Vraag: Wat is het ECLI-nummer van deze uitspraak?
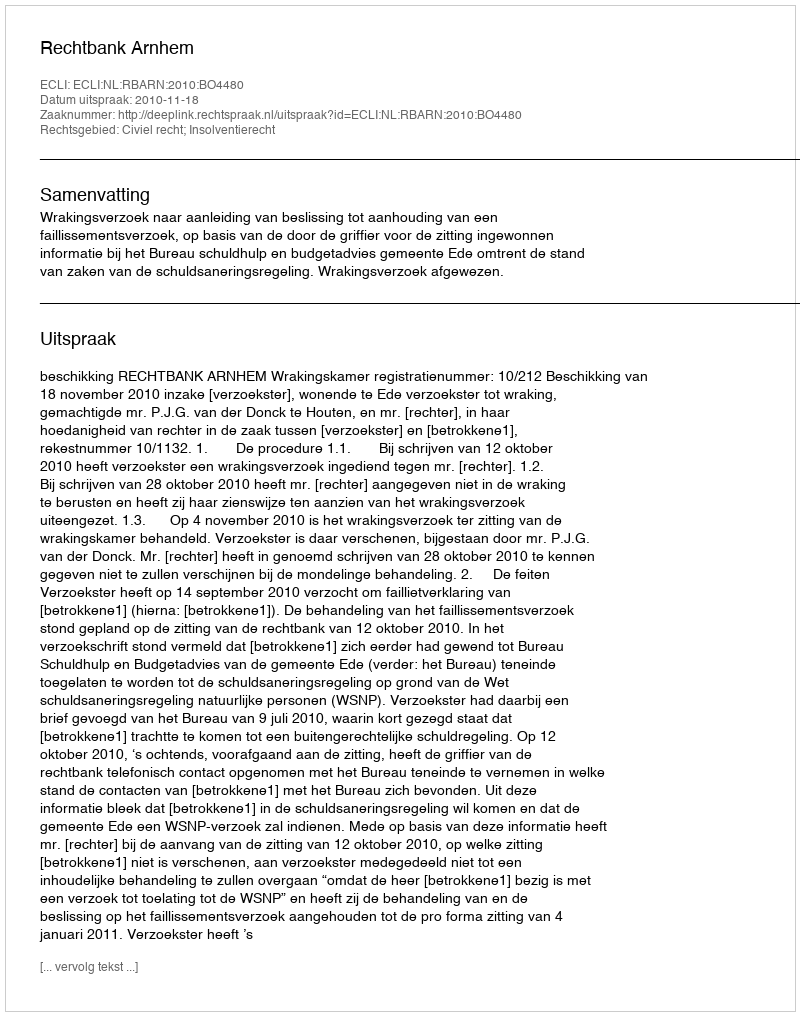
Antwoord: ECLI:NL:RBARN:2010:BO4480